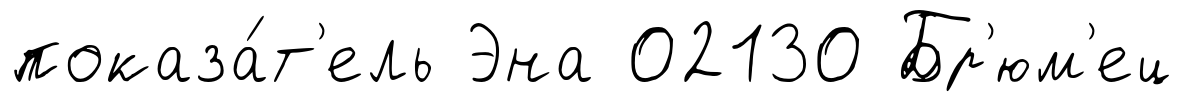
показа́т'ель Эна 02130 Бр'юм'ец